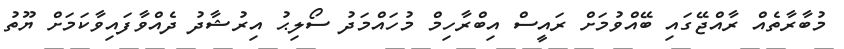
މުބާރާތެއް ރާއްޖޭގައި ބޭއްވުމަށް ރައީސް އިބްރާހިމް މުހައްމަދު ސޯލިޙު އިރުޝާދު ދެއްވާފައިވާކަމަށް ޔޫތު